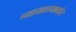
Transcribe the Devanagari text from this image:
न्यायालयाबाहेर